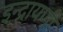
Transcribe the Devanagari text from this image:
इन्द्रायणी